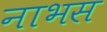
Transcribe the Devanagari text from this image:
नाभस